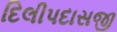
દિલીપદાસજી